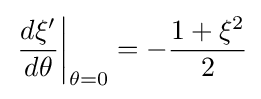
\left.{\frac {d\xi '}{d\theta }}\right|_{\theta =0}=-{\frac {1+\xi ^{2}}{2}}